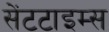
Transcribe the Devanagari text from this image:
सेंटटाइम्स